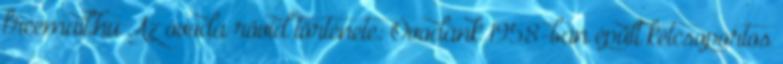
freemail.hu Az óvoda rövid története: Óvodánk 1958-ban épült kétcsoportos